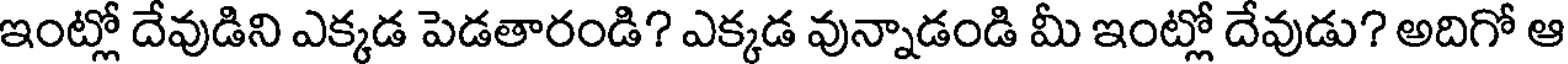
ఇంట్లో దేవుడిని ఎక్కడ పెడతారండి? ఎక్కడ వున్నాడండి మీ ఇంట్లో దేవుడు? అదిగో ఆ